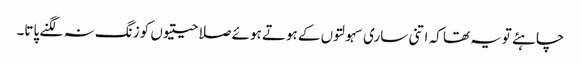
چاہئے تویہ تھا کہ اتنی ساری سہولتوں کے ہوتے ہوئے صلاحیتیوں کو زنگ نہ لگنے پاتا۔